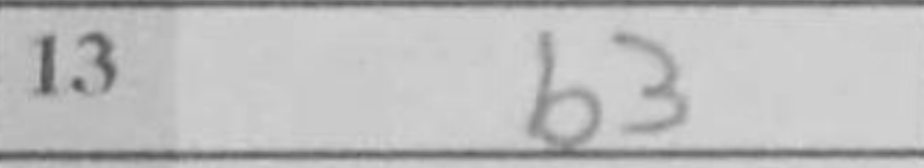
Transcription: b3